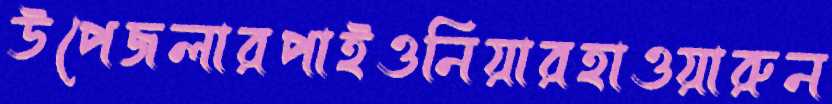
উপেজলারপাইওনিয়ারহাওয়ারুন